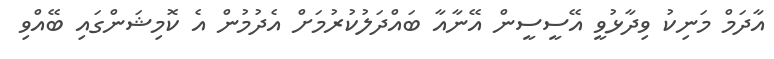
އާދަމް މަނިކު ވިދާޅުވީ އޭސީސީން އޭނާއާ ބައްދަލުކުރުމަށް އެދުމުން އެ ކޮމިޝަންގައި ބޭއްވި